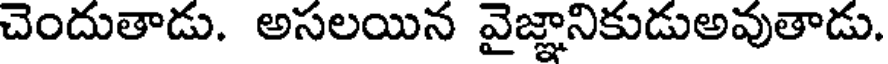
చెందుతాడు. అసలయిన వైజ్ఞానికుడుఅవుతాడు.